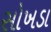
સોખડા